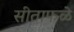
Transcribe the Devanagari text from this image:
सीताफळे